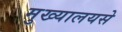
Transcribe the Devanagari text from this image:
मुख्यालयसे